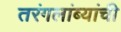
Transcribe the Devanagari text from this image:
तरंगलांब्यांची